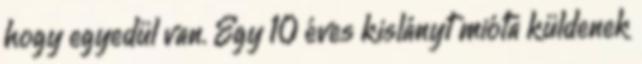
hogy egyedül van. Egy 10 éves kislányt mióta küldenek